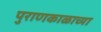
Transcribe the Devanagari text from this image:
पुराणकाळाच्या